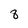
Character: 8